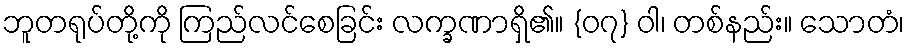
ဘူတရုပ်တို့ကို ကြည်လင်စေခြင်း လက္ခဏာရှိ၏။ {၀၇} ဝါ၊ တစ်နည်း။ သောတံ၊